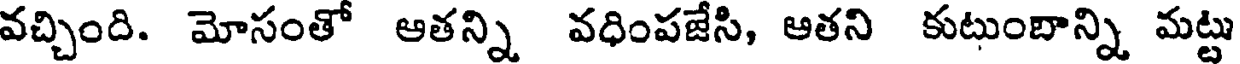
వచ్చింది. మోసంతో ఆతన్ని వధింపజేసి, ఆతని కుటుంబాన్ని మట్టు